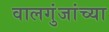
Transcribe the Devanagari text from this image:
वालगुंजांच्या